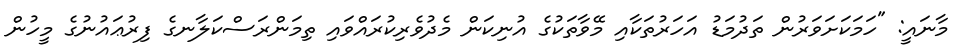
މާނައީ: "ހަމަކަށަވަރުން ތަދުމަޑު އަހަރުތަކާއި މޭވާތަކުގެ އުނިކަން މެދުވެރިކުރައްވައި ތިމަންރަސްކަލާނގެ ފިރުޢައުނުގެ މީހުން